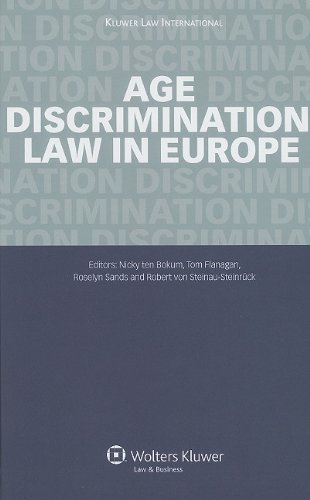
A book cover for Age Discrimination: Law in Europe (European Labor Law in Practice); Law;